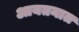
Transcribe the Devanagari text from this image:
आयतनात